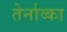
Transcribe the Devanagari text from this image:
तेर्नाव्का